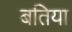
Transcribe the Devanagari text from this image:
बतिया